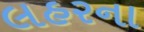
લહરના